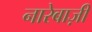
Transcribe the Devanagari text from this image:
नारेबाज़ी